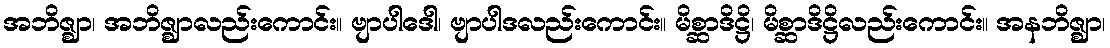
အဘိဇ္ဈာ၊ အဘိဇ္ဈာလည်းကောင်း။ ဗျာပါဒေါ၊ ဗျာပါဒလည်းကောင်း။ မိစ္ဆာဒိဋ္ဌိ၊ မိစ္ဆာဒိဋ္ဌိလည်းကောင်း။ အနဘိဇ္ဈာ၊